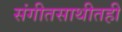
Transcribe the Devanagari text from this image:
संगीतसाथीतही